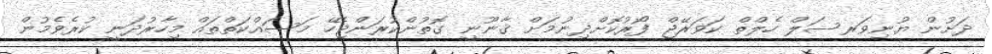
ދަށުން ޔުނިވަރސަލް ހެލްތް ކަވަރޭޖް ފޯރުކޮށްދިނުމަށް ޤާނޫނީ ގޮތުންކުރަންޖެހޭ މަސައްކަތްތައް މިހާރުދަނީ ކުރެވެމުން